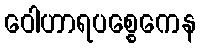
ဝေါဟာရပစ္စေကေန